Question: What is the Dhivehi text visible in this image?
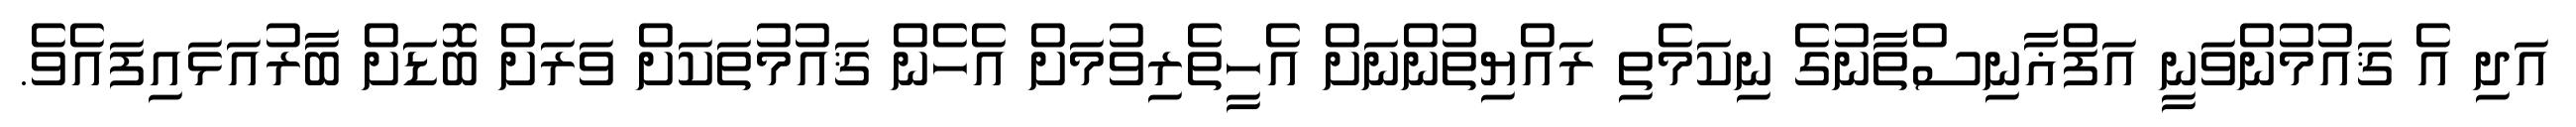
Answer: އަދި އެ ޤައުމުންވަނީ އަފްޣާނިސްތާނުގެ ނިކަމެތި ރައްޔިތުންނަށް އެހީތެރިވުމަށް އެހެން ޤައުމުތަކަށް ވަރަށް ބޮޑަށް ބާރުއަޅައިފައެވެ.